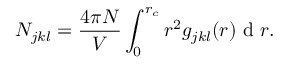
N _ { j k l } = \frac { 4 \pi N } { V } \int _ { 0 } ^ { r _ { c } } r ^ { 2 } g _ { j k l } ( r ) \mathrm { ~ d ~ } r .